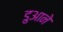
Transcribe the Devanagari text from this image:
डुआने